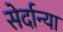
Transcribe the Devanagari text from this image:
सेर्दान्या